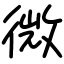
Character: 微